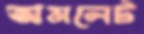
অমলেট